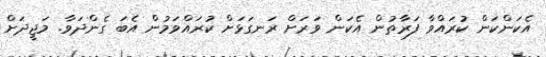
އެކަންކަން ކުރައްވާ ފަރާތުން އެކަން ވަރަށް ރަނގަޅަށް ކުރައްވަމުން އެބަ ގެންދަވާ. މަޖީދަށް